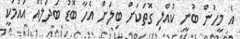
އެ މީހުން ބުނީ ކުއްލި ގޮތަކަށް ބިލަށް އެހާ ބޮޑު ބަދަލެއް އައުމަކީ